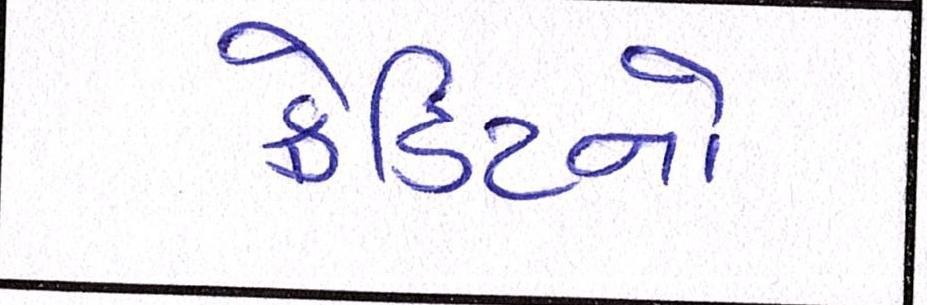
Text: ક્રેડિટનો